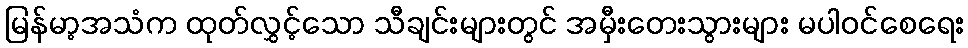
မြန်မာ့အသံက ထုတ်လွှင့်သော သီချင်းများတွင် အမှီးတေးသွားများ မပါဝင်စေရေး